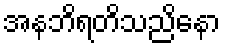
အနဘိရတိသညိနော